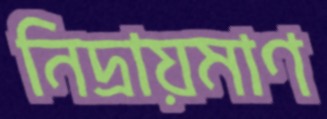
নিদ্রায়মাণ